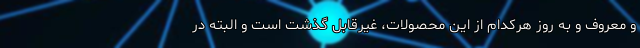
و معروف و به روز هرکدام از این محصولات، غیرقابل گذشت است و البته در